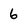
Character: 6